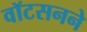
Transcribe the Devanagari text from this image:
वॉटसनने